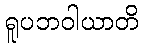
ရူပဘဝါယာတိ